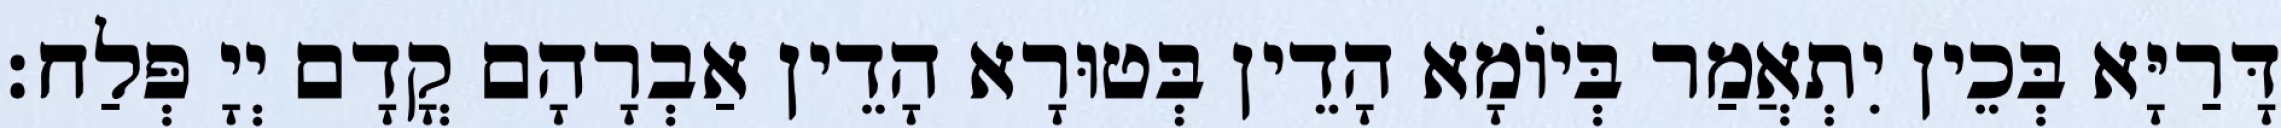
דָּרַיָּא בְּכֵין יִתְאֲמַר בְּיוֹמָא הָדֵין בְּטוּרָא הָדֵין אַבְרָהָם קֳדָם יְיָ פְּלַח׃